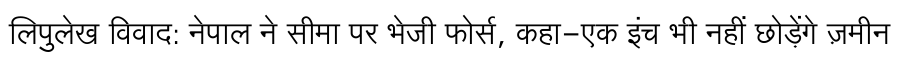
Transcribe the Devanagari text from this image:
लिपुलेख विवाद: नेपाल ने सीमा पर भेजी फोर्स, कहा-एक इंच भी नहीं छोड़ेंगे ज़मीन